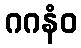
ဂဂနံဝ